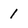
Character: 1